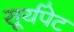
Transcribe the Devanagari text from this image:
सूर्यपेट